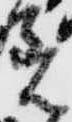
著